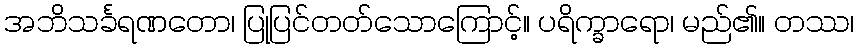
အဘိသင်္ခရဏတော၊ ပြုပြင်တတ်သောကြောင့်။ ပရိက္ခာရော၊ မည်၏။ တဿ၊